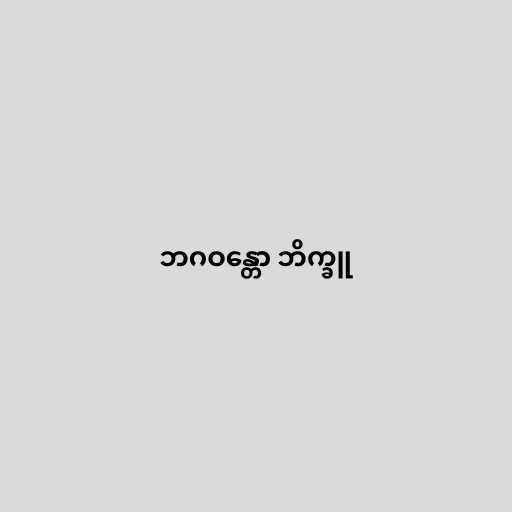
ဘဂဝန္တော ဘိက္ခူ